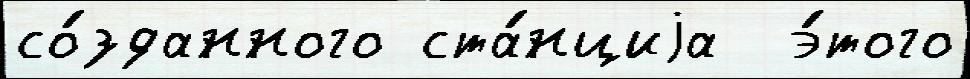
со́зданного ста́нциjа  э́того